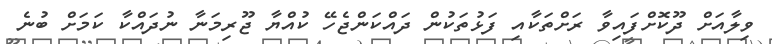
ވިލާއަށް ދޫކޮށްފައިވާ ރަށްތަކާއި ފަޅުތަކުން ދައްކަންޖެހޭ ކުއްޔާ ޖޫރިމަނާ ނުދައްކާ ކަމަށް ބުނެ